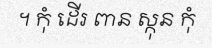
។ កុំ ដើរ ពាន ស្កុន កុំ